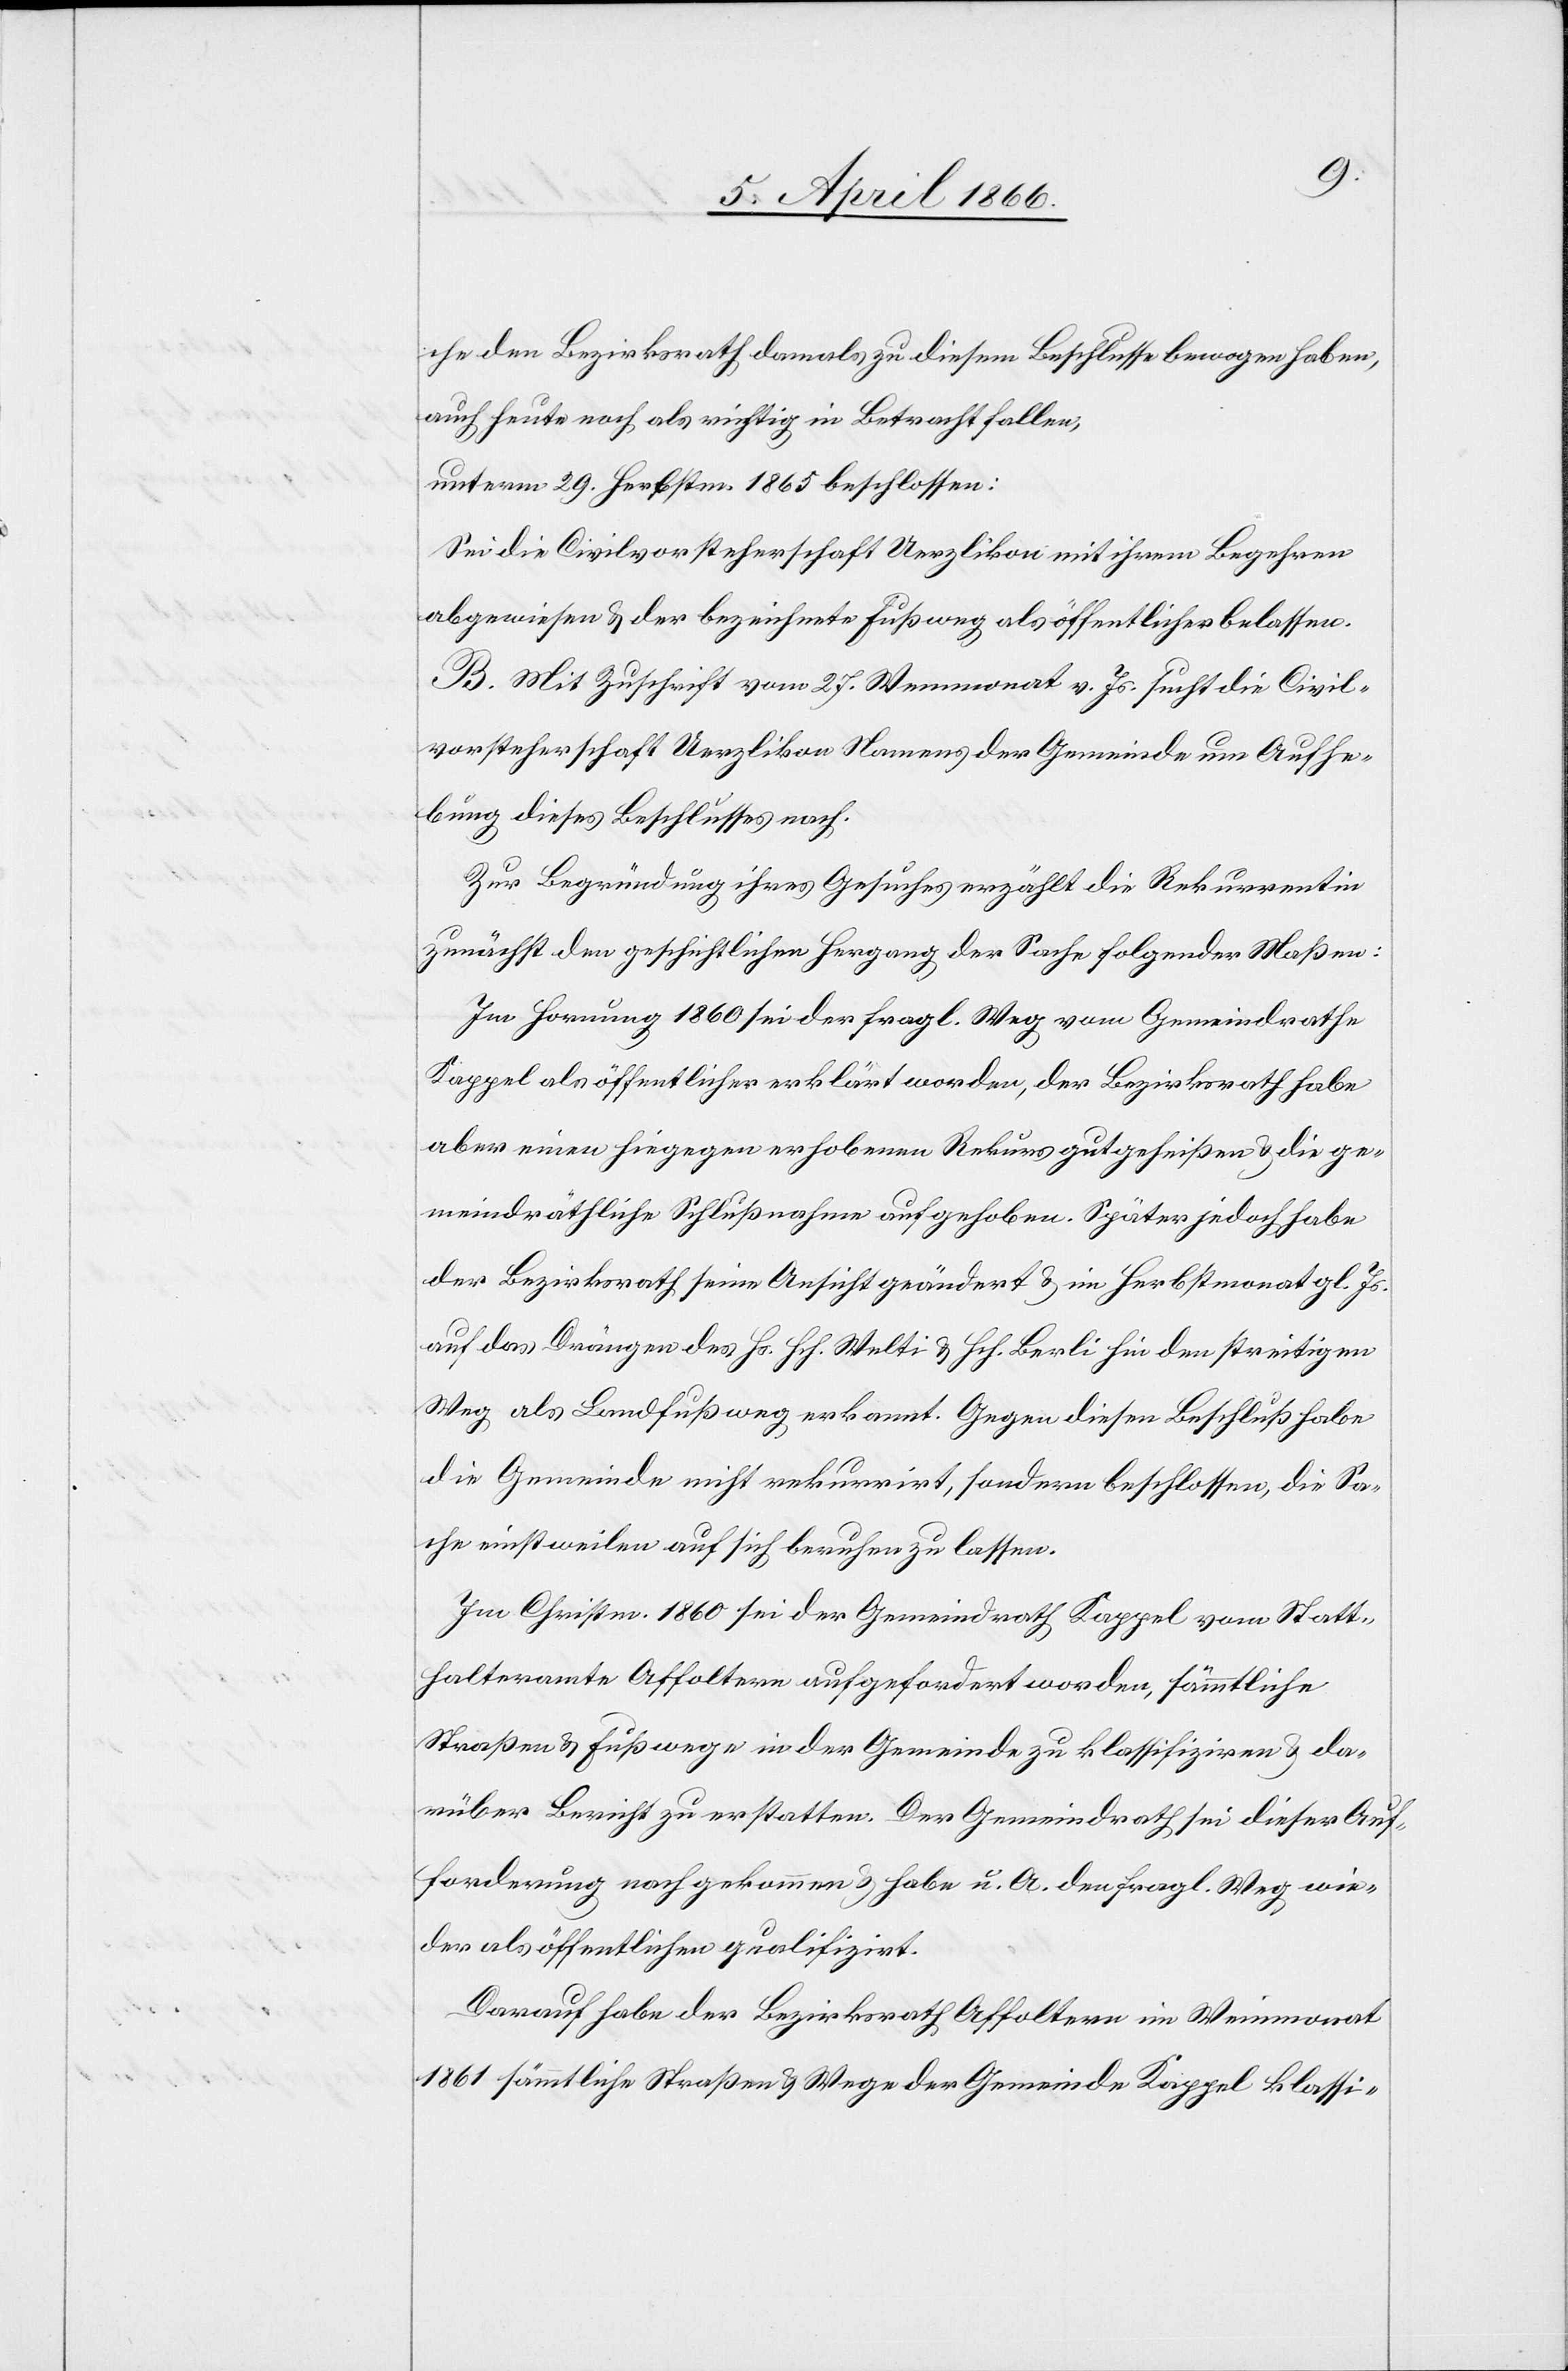
che den Bezirksrath damals zu diesem Beschlusse bewogen haben,
auch heute noch als richtig in Betracht fallen,
unterm 29. Herbstm, 1865 beschlossen:
Sei die Civilvorsteherschaft Uerzlikon mit ihrem Begehren
abgewiesen u. der bezeichnete Fußweg als öffentlicher belassen.
B. Mit Zuschrift vom 27. Weinmonat v. Js. sucht die Civil¬
vorsteherschaft Uerzlikon Namens der Gemeinde um Aufhe¬
bung dieses Beschlusses nach.
Zur Begründung ihres Gesuches erzählt die Rekurrentin
zunächst den geschichtlichen Hergang der Sache folgender Maßen:
Im Hornung 1860 sei der fragl. Weg vom Gemeindrathe
Kappel als öffentlicher erklärt worden, der Bezirksrath habe
aber einen hiegegen erhobenen Rekurs gutgeheißen u. die ge¬
meindräthliche Schlußnahme aufgehoben. Später jedoch habe
der Bezirksrath seine Ansicht geändert u. im Herbstmonat gl. Js.
auf das Drängen des Hs. Hch. Welti u. Hch. Berli [sic!] hin den streitigen
Weg als Landfußweg erkannt. Gegen diesen Beschluß habe
die Gemeinde nicht rekurrirt, sondern beschlossen, die Sa¬
che einstweilen auf sich beruhen zu lassen.
Im Christm. 1860 sei der Gemeindrath Kappel vom Statt¬
halteramte Affoltern aufgefordert worden, sämmtliche
Straßen u. Fußwege in der Gemeinde zu klassifiziren u. da¬
rüber Bericht zu erstatten. Der Gemeindrath sei dieser Auf¬
forderung nachgekommen u. habe u. A. den fragl Weg wie¬
der als öffentlichen qualifizirt.
Darauf habe der Bezirksrath Affoltern im Weinmonat
1861 sämmtliche Straßen u. Wege der Gemeinde Kappel klassi-